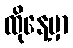
ထိုနေ့မှာ